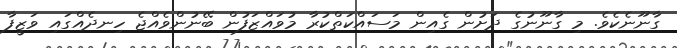
ގާނޫނެކެވެ. މި ގާނޫނުގެ ދަށުން ގެއިން މަސައްކަތްކުރާ މުވައްޒަފުން ބޭނުންވެއްޖެ ހިނދެއްގައި ވަޒީފާ